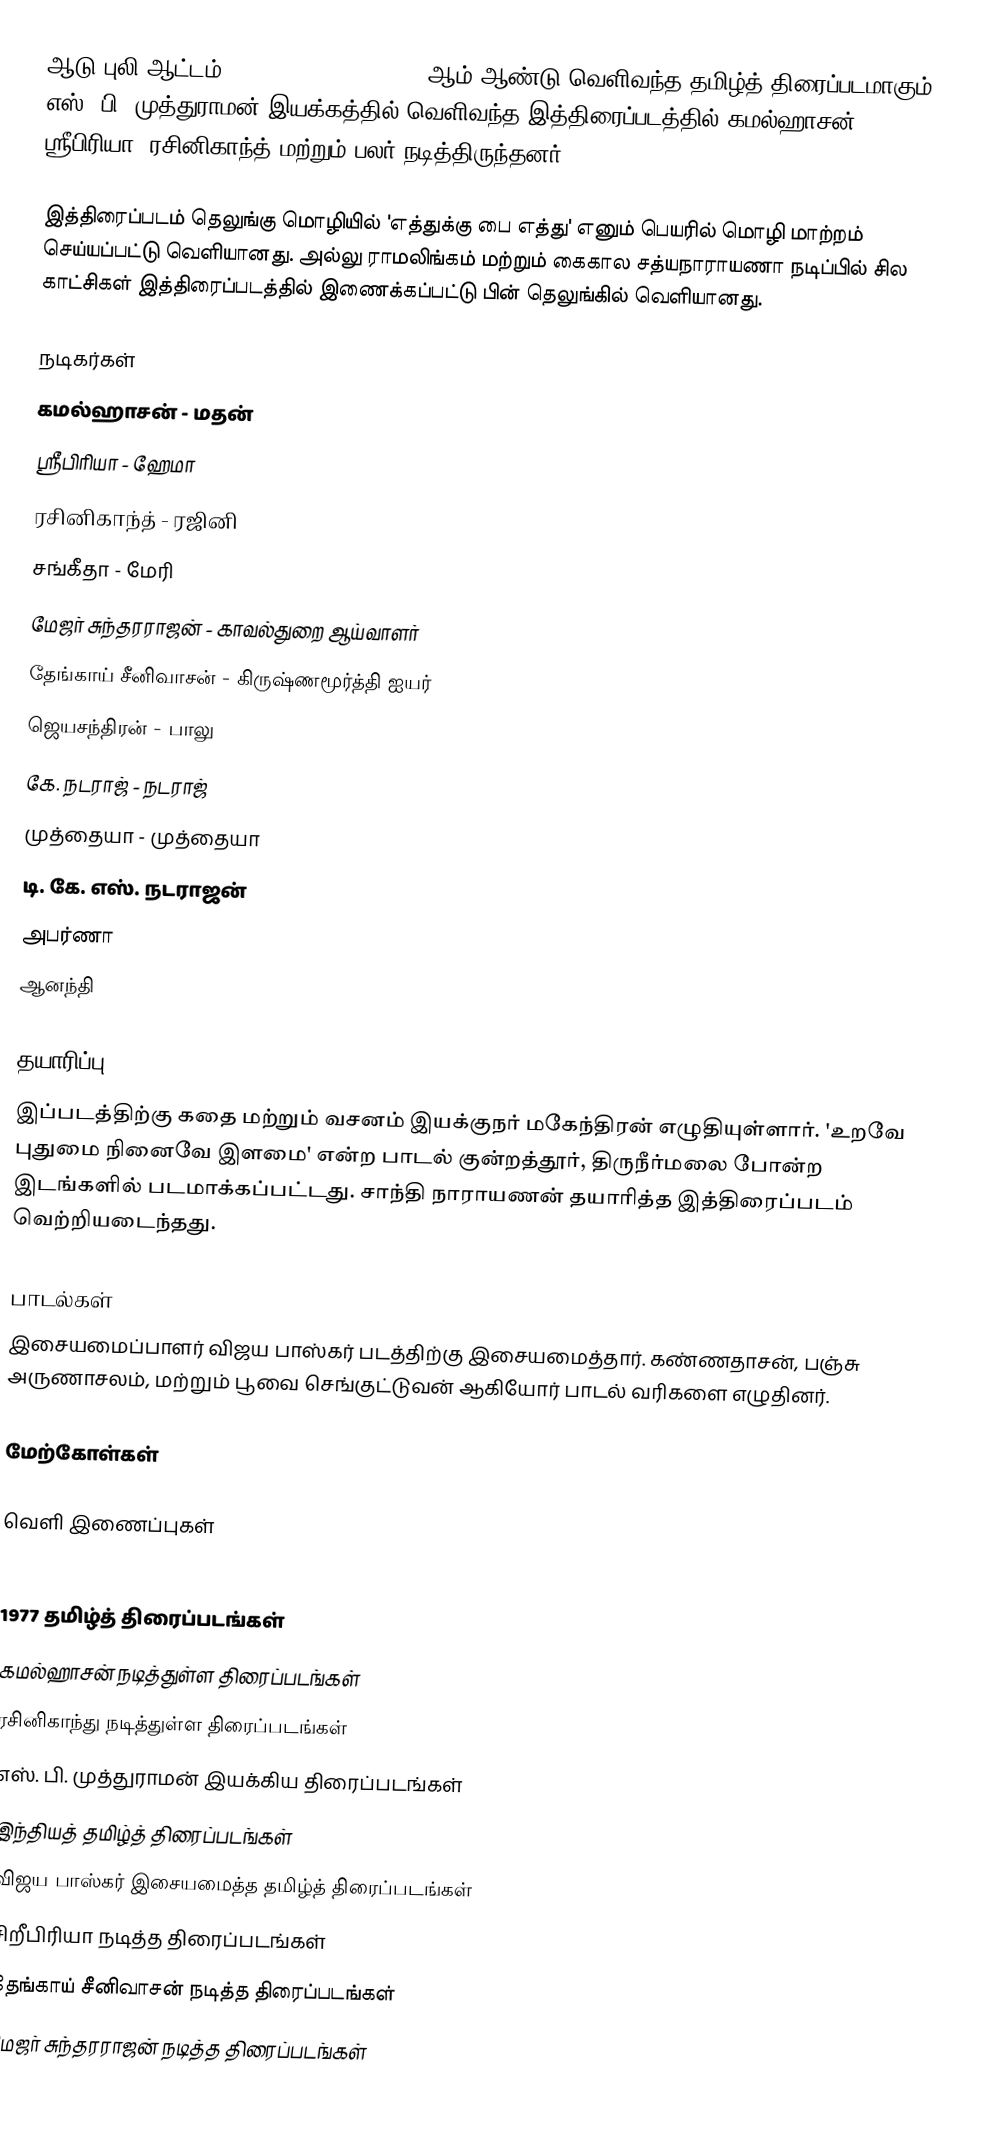
ஆடு புலி ஆட்டம் (Aadu Puli Attam) 1977 ஆம் ஆண்டு வெளிவந்த தமிழ்த் திரைப்படமாகும். எஸ். பி. முத்துராமன் இயக்கத்தில் வெளிவந்த இத்திரைப்படத்தில் கமல்ஹாசன், ஸ்ரீபிரியா, ரசினிகாந்த் மற்றும் பலர் நடித்திருந்தனர்.

இத்திரைப்படம் தெலுங்கு மொழியில் 'எத்துக்கு பை எத்து' எனும் பெயரில் மொழி மாற்றம் செய்யப்பட்டு வெளியானது. அல்லு ராமலிங்கம் மற்றும் கைகால சத்யநாராயணா நடிப்பில் சில காட்சிகள் இத்திரைப்படத்தில் இணைக்கப்பட்டு பின் தெலுங்கில் வெளியானது.

நடிகர்கள்
கமல்ஹாசன் - மதன்
ஸ்ரீபிரியா - ஹேமா
ரசினிகாந்த் - ரஜினி
சங்கீதா - மேரி
மேஜர் சுந்தரராஜன் - காவல்துறை ஆய்வாளர்
தேங்காய் சீனிவாசன் - கிருஷ்ணமூர்த்தி ஐயர்
ஜெயசந்திரன் - பாலு
கே. நடராஜ் - நடராஜ்
முத்தையா - முத்தையா
டி. கே. எஸ். நடராஜன்
அபர்ணா
ஆனந்தி

தயாரிப்பு
இப்படத்திற்கு கதை மற்றும் வசனம் இயக்குநர் மகேந்திரன் எழுதியுள்ளார். 'உறவே புதுமை நினைவே இளமை' என்ற பாடல் குன்றத்தூர், திருநீர்மலை போன்ற இடங்களில் படமாக்கப்பட்டது. சாந்தி நாராயணன் தயாரித்த இத்திரைப்படம் வெற்றியடைந்தது.

பாடல்கள்
இசையமைப்பாளர் விஜய பாஸ்கர் படத்திற்கு இசையமைத்தார்.  கண்ணதாசன், பஞ்சு அருணாசலம், மற்றும் பூவை செங்குட்டுவன் ஆகியோர் பாடல் வரிகளை எழுதினர்.

மேற்கோள்கள்

வெளி இணைப்புகள்

1977 தமிழ்த் திரைப்படங்கள்
கமல்ஹாசன் நடித்துள்ள திரைப்படங்கள்
ரசினிகாந்து நடித்துள்ள திரைப்படங்கள்
எஸ். பி. முத்துராமன் இயக்கிய திரைப்படங்கள்
இந்தியத் தமிழ்த் திரைப்படங்கள்
விஜய பாஸ்கர் இசையமைத்த தமிழ்த் திரைப்படங்கள்
சிறீபிரியா நடித்த திரைப்படங்கள்
தேங்காய் சீனிவாசன் நடித்த திரைப்படங்கள்
மேஜர் சுந்தரராஜன் நடித்த திரைப்படங்கள்